Indian journal of veterinary science and animal husbandry - Volumes 18-21, 1948-1951
Year: 1948
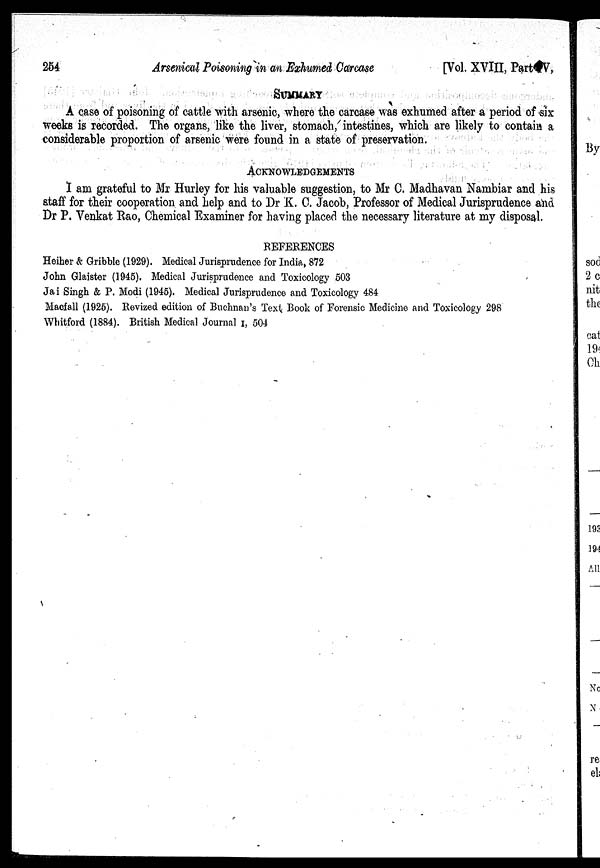
254 Arsenical Poisoning in an Exhumed Carcase [Vol. XVIII, Part IV,
SUMMARY
A case of poisoning of cattle with arsenic, where the carcase was exhumed after a period of six
weeks is recorded. The organs, like the liver, stomach, intestines, which are likely to contain a
considerable proportion of arsenic were found in a state of preservation.
ACKNOWLEDGEMENTS
I am grateful to Mr Hurley for his valuable suggestion, to Mr C. Madhavan Nambiar and his
staff for their cooperation and help and to Dr K. C. Jacob, Professor of Medical Jurisprudence and
Dr P. Venkat Rao, Chemical Examiner for having placed the necessary literature at my disposal.
REFERENCES
Heiher & Gribble (1929). Medical Jurisprudence for India, 872
John Glaister (1945). Medical Jurisprudence and Toxicology 503
Jai Singh & P. Modi (1945). Medical Jurisprudence and Toxicology 484
Macfall (1925). Revized edition of Buchnan's Text Book of Forensic Medicine and Toxicology 298
Whitford (1884). British Medical Journal I, 504